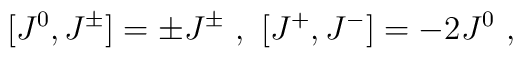
[J^0,J^{\pm}]=\pm J^{\pm}\ ,\  [J^+,J^-]=-2J^0\ ,